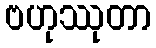
ဗဟုဿုတာ